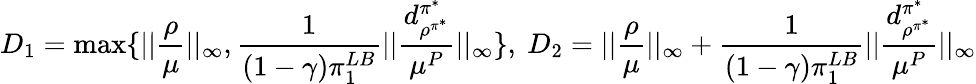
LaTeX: D_{1}=\operatorname*{max}\{ ||\frac{\rho}{\mu}||_{\infty},\frac{1}{(1-\gamma)\pi_{1}^{LB}}||\frac{d_{\rho^{\pi^{*}}}^{\pi^{*}}}{\mu^{P}}||_{\infty}\} ,\ D_{2}=||\frac{\rho}{\mu}||_{\infty}+\frac{1}{(1-\gamma)\pi_{1}^{LB}}||\frac{d_{\rho^{\pi^{*}}}^{\pi^{*}}}{\mu^{P}}||_{\infty}